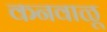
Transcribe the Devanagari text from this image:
कनवाळू